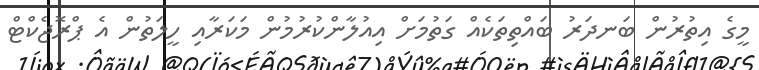
މީގެ އިތުރުން ބަނދަރު ބައްތިތަކެއް ގަތުމަށް އިއުލާންކުރުމުން މަކަރާއި ހީލަތުން އެ ޕްރޮޖެކްޓް